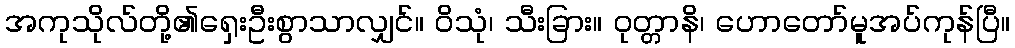
အကုသိုလ်တို့၏ရှေးဦးစွာသာလျှင်။ ဝိသုံ၊ သီးခြား။ ဝုတ္တာနိ၊ ဟောတော်မူအပ်ကုန်ပြီ။